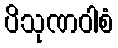
ပိသုဏဝါစံ